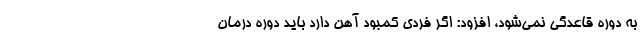
به دوره قاعدگی نمی‌شود، افزود: اگر فردی کمبود آهن دارد باید دوره درمان